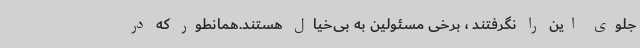
جلوی این را نگرفتند ، برخی مسئولین به بی‌خیال هستند.همانطور که در